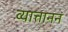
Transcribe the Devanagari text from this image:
व्यात्ताननं